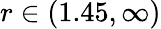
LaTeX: r\in(1.45,\infty)